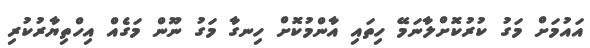
އައުމަށް މަގު ކުރުކޮށްލާނަމޭ ހިތައި އާންމުކޮށް ހިނގާ މަގު ނޫން މަގެއް އިހްތިޔާރުކުރި